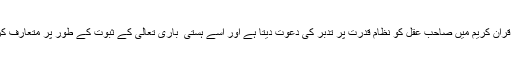
اللہ تعالیٰ قرآن کریم میں صاحب ِعقل کو نظامِ قدرت پر تدبّر کی دعوت دیتا ہے اور اسے ہستی ٔ باری تعالیٰ کے ثبوت کے طور پر متعارف کرواتا ہے۔